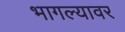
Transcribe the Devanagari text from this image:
भागल्यावर